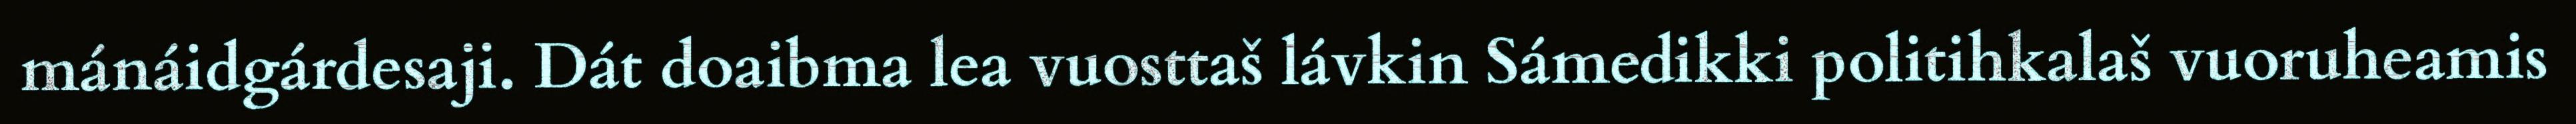
mánáidgárdesaji. Dát doaibma lea vuosttaš lávkin Sámedikki politihkalaš vuoruheamis